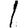
Digit: 1